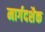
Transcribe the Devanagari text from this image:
मार्गदशैक